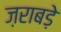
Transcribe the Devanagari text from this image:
ज़राबड़े